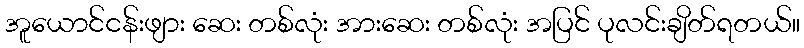
အူယောင်ငန်းဖျား ဆေး တစ်လုံး အားဆေး တစ်လုံး အပြင် ပုလင်းချိတ်ရတယ်။